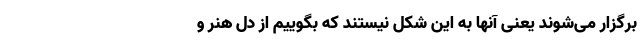
برگزار می‌شوند یعنی آنها به این شکل نیستند که بگوییم از دل هنر و